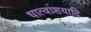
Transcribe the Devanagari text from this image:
धात्वाशयादि